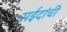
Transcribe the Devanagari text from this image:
सईदांची